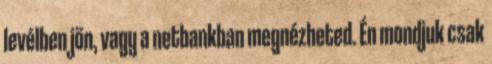
levélben jön, vagy a netbankban megnézheted. Én mondjuk csak